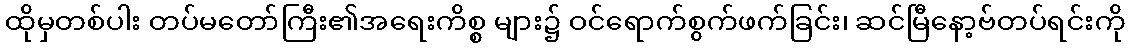
ထိုမှတစ်ပါး တပ်မတော်ကြီး၏အရေးကိစ္စ များ၌ ဝင်ရောက်စွက်ဖက်ခြင်း၊ ဆင်မြီနော့ဗ်တပ်ရင်းကို